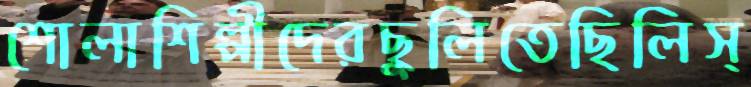
শোলাশিল্পীদেরছুলিতেছিলিস্